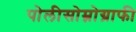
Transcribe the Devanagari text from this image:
पोलीसोम्नोग्राफी